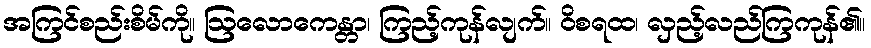
အကြင်စည်းစိမ်ကို။ ဩလောကေန္တာ၊ ကြည့်ကုန်လျက်။ ဝိစရထ၊ လှည့်လည်ကြကုန်၏။